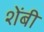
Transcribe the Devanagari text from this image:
शेंबी